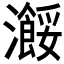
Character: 𤃠